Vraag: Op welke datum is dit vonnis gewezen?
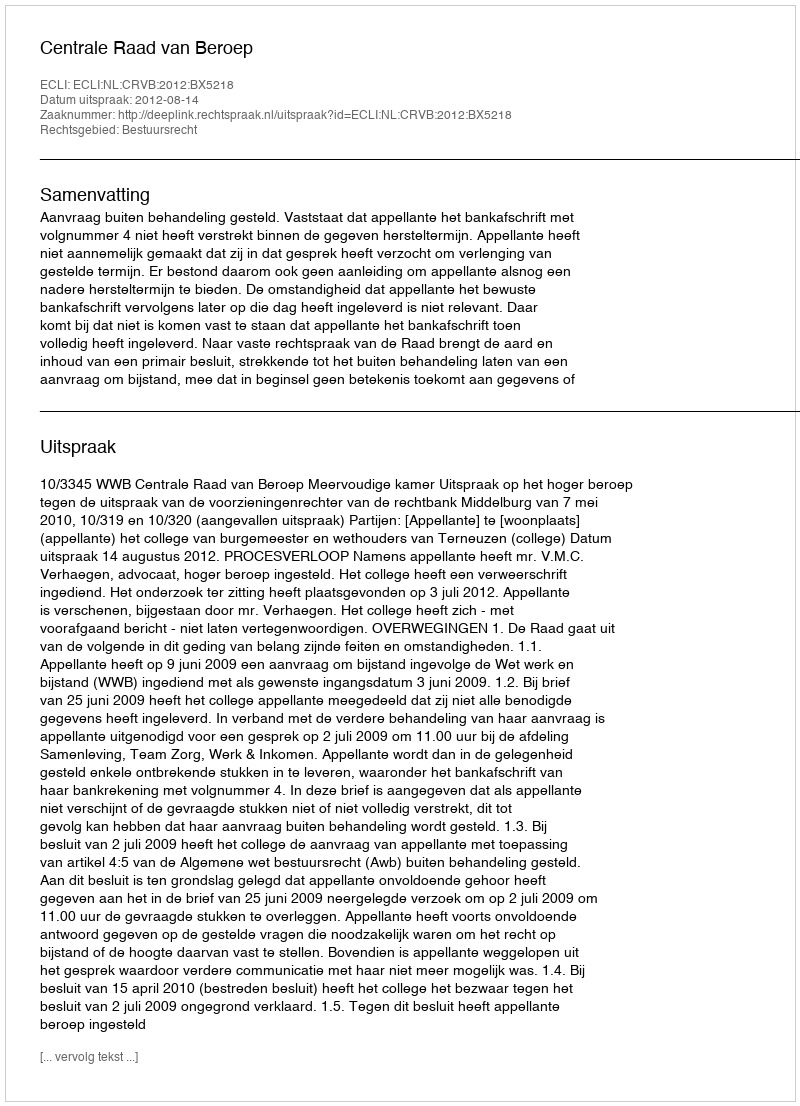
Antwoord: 2012-08-14